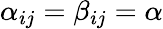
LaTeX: \alpha_{ij}=\beta_{ij}=\alpha